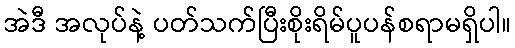
အဲဒီ အလုပ်နဲ့ ပတ်သက်ပြီးစိုးရိမ်ပူပန်စရာမရှိပါ။